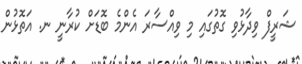
ޝަރީފް ވިދާޅުވި ގޮތުގައި މި ވިއްސާރަ އެންމެ ބޮޑަށް ކުރާނީ ނ. އަތޮޅުން